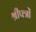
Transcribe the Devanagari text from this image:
श्रीपत्रों